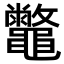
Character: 𪔀